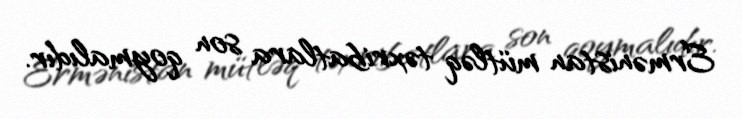
Ermənistan mütləq təxribatlara son qoymalıdır.